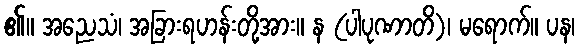
၏။ အညေသံ၊ အခြားရဟန်းတို့အား။ န (ပါပုဏာတိ)၊ မရောက်။ ပန၊